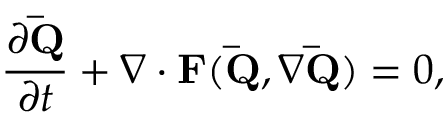
\frac { \partial \mathbf { \bar { Q } } } { \partial t } + \nabla \cdot \mathbf { F } ( \mathbf { \bar { Q } } , \nabla \mathbf { \bar { Q } } ) = 0 ,